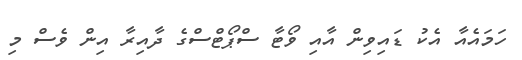
ހަމައެއާ އެކު ޑައިވިިން އާއި ވޯޓާ ސްޕޯޓްސްގެ ދާއިރާ އިން ވެސް މި